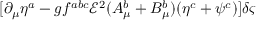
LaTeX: [ \partial _ { \mu } \eta ^ { a } - g f ^ { a b c } { \mathcal { E } } ^ { 2 } ( A _ { \mu } ^ { b } + B _ { \mu } ^ { b } ) ( \eta ^ { c } + \psi ^ { c } ) ] \delta \varsigma